Vaccination in Burma 1889-1999 - 1889-1999
Year: 1889
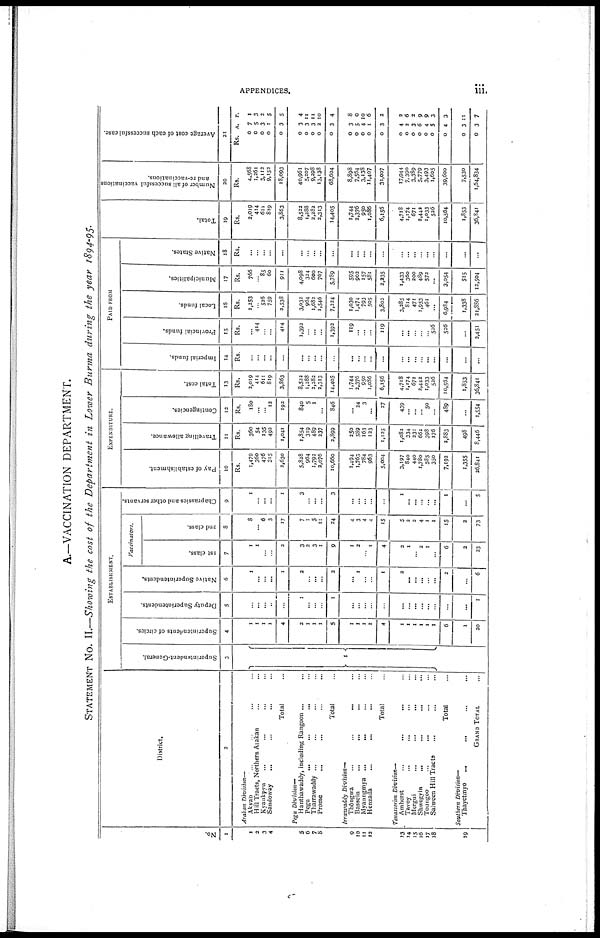
APPENDICES.
iii.
A.—VACCINATION DEPARTMENT.
STATEMENT No. II.—Showing the cost of the Department in Lower Burma during the year 1894-95.
No.
1
1
2
3
4
5
6
7
8
9
10
11
12
13
14
15
16
17
18
19
District.
2
Arakan Division—
Akvab ... ... ...
Hill Tracts, Northern Aiakan ... ...
Kyaukpyu ... ... ... ...
Sandoway ... ... ... ...
Total ...
Pegu Division—
Hanthawaddy, including Rangoon ... ...
Pegu ... ... ... ...
Tharrawaddy ... ... ...
Prome ... ... ... ...
Total ...
Irrawaddy Division—
Thongwa ... ... ... ...
Bassein ... ... ... ...
Myaungmya ... ... ... ...
Henzada ... ... ... ...
Total ...
Tenasserin Division—
Amherst
...
...
...
...
Tavoy ... ... ... ...
Mergui ... ... ... ...
Shwegyin
...
...
...
...
Toungoo ... ... ... ...
Salween Hill Tracts ... ...
Total ...
Southern Division—
Thayctmyo
... ... ... ...
GRAND TOTAL ...
ESTABLISHMENT.
Superintendent-General.
3
1
Superintendents of circles.
4
1
1
1
1
4
2
1
1
1
5
1
1
1
1
4
1
1
1
1
1
1
6
1
20
Deputy Superintendents.
5
...
...
...
...
...
1
...
...
...
1
...
...
...
...
...
...
...
...
...
...
...
...
...
1
Native Superintendents.
6
1
...
...
...
1
2
...
...
...
2
... 1
...
...
1
2
...
...
...
...
...
2
...
6
Vaccinators.
1st class.
7
1
1
...
...
2
3
2
3
1
9
1
2
...
1
4
2
1
...
2
1
...
6
2
23
2nd class.
8
8
... 6
3
17
7
1
5
11
24
4
3
4
4
15
5
2
2
4
1
1
15
2
73
Chaprassies and other servants.
9
1
...
...
1
3
...
...
...
3
...
...
...
...
...
1
...
...
...
...
...
1
...
5
EXPENDITURE.
Pay of establishment.
10
Rs.
1,479
360
476
315
2,630
5,828
964
1,792
2,076
10,660
1,494
1,763
784
963
5,004
3,197
840
440
1,780
585
350
7,192
1,355
26,841
Travelling allowance.
11
Rs.
360
54
135
492
1,041
1,854
319
489
237
2,899
250
589
163
123
1,125
1,082
334
231
662
398
176
2,883
498
8,446
Contingencies.
12
Rs.
180
...
...
12
192
840
5
1
...
846
...
24
3
...
27
439
...
...
... 50
...
489
...
1,554
Total cost.
13
Rs.
2,019
414
611
819
3,863
8,522
1,288
2,282
2,313
14,405
1,744
2,376
950
1,086
6,156
4,718
1,174
671
2,442
1,033
526
10,564
1,853
36,841
PAID FROM
Imperial funds.
14
Rs.
...
...
...
...
...
...
...
...
...
...
...
...
...
...
...
...
...
...
...
...
...
...
...
...
Provincial funds.
15
Rs.
... 414
...
...
414
1,392
...
...
...
1,392
119
...
...
...
119
...
...
...
...
...
526
526
...
2,451
Local funds.
16
Rs.
1,253
...
526
759
2,538
3,032
964
1,682
1,546
7,224
1,030
1,474
793
505
3,802
3,285
814
471
1,953
461
...
6,984
1,338
21,886
Municipalities.
17
Rs.
766
...
85
60
911
4,098
324
600
767
5,789
595
902
157
581
2,235
1,433
360
200
489
572
...
3,054
515
12,504
Native States.
18
Rs.
...
...
...
...
...
...
...
...
...
...
...
...
...
...
...
...
...
...
...
...
...
...
...
...
Total.
19
Rs.
2,019
414
611
819
3,863
8,522
1,288
2,282
2,313
14,405
1,744
2,376
950
1,086
6,156
4,718
1,174
671
2,442
1,033
526
10,564
1,853
36,841
Number of all successful vaccinations
and re-vaccinations.
20
Rs.
4,568
1,261
3,112
9,152
18,093
40,961
5,207
9,298
13,138
68,604
8,898
7,564
3,138
11,407
31,007
17,944
7,390
3,389
5,779
3,493
1,605
39,600
7,530
1,64,834
Average cost of each successful case.
21
Rs. A. P.
0
0
0
0
0
7
5
3
1
3
1
3
2
5
5
0
0
0
0
0
3
3
3
2
3
4
11
11
10
4
0
0
0
0
0
3
5
4
1
3
8
0
10
6
2
0
0
0
0
0
0
0
4
2
3
6
4
5
4
2
6
2
9
9
3
3
0
0
3
3
11
7